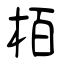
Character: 栢